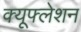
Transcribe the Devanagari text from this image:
क्यूफ्लेशन